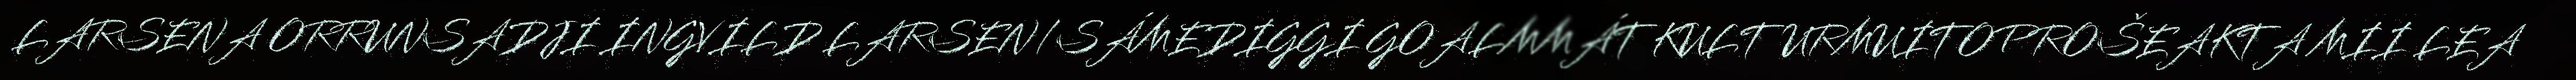
LARSENA ORRUNSADJI INGVILD LARSEN/SÁMEDIGGI GOALMMÁT KULTURMUITOPROŠEAKTA MII LEA